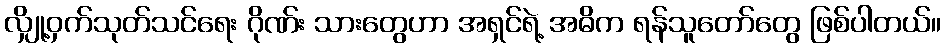
လျှို့ဝှက်သုတ်သင်ရေး ဂိုဏ်း သားတွေဟာ အရှင်ရဲ့ အဓိက ရန်သူတော်တွေ ဖြစ်ပါတယ်။